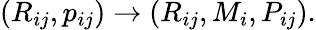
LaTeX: \begin{array}{r}{(R_{ij},p_{ij})\rightarrow(R_{ij},M_{i},P_{ij}).}\end{array}